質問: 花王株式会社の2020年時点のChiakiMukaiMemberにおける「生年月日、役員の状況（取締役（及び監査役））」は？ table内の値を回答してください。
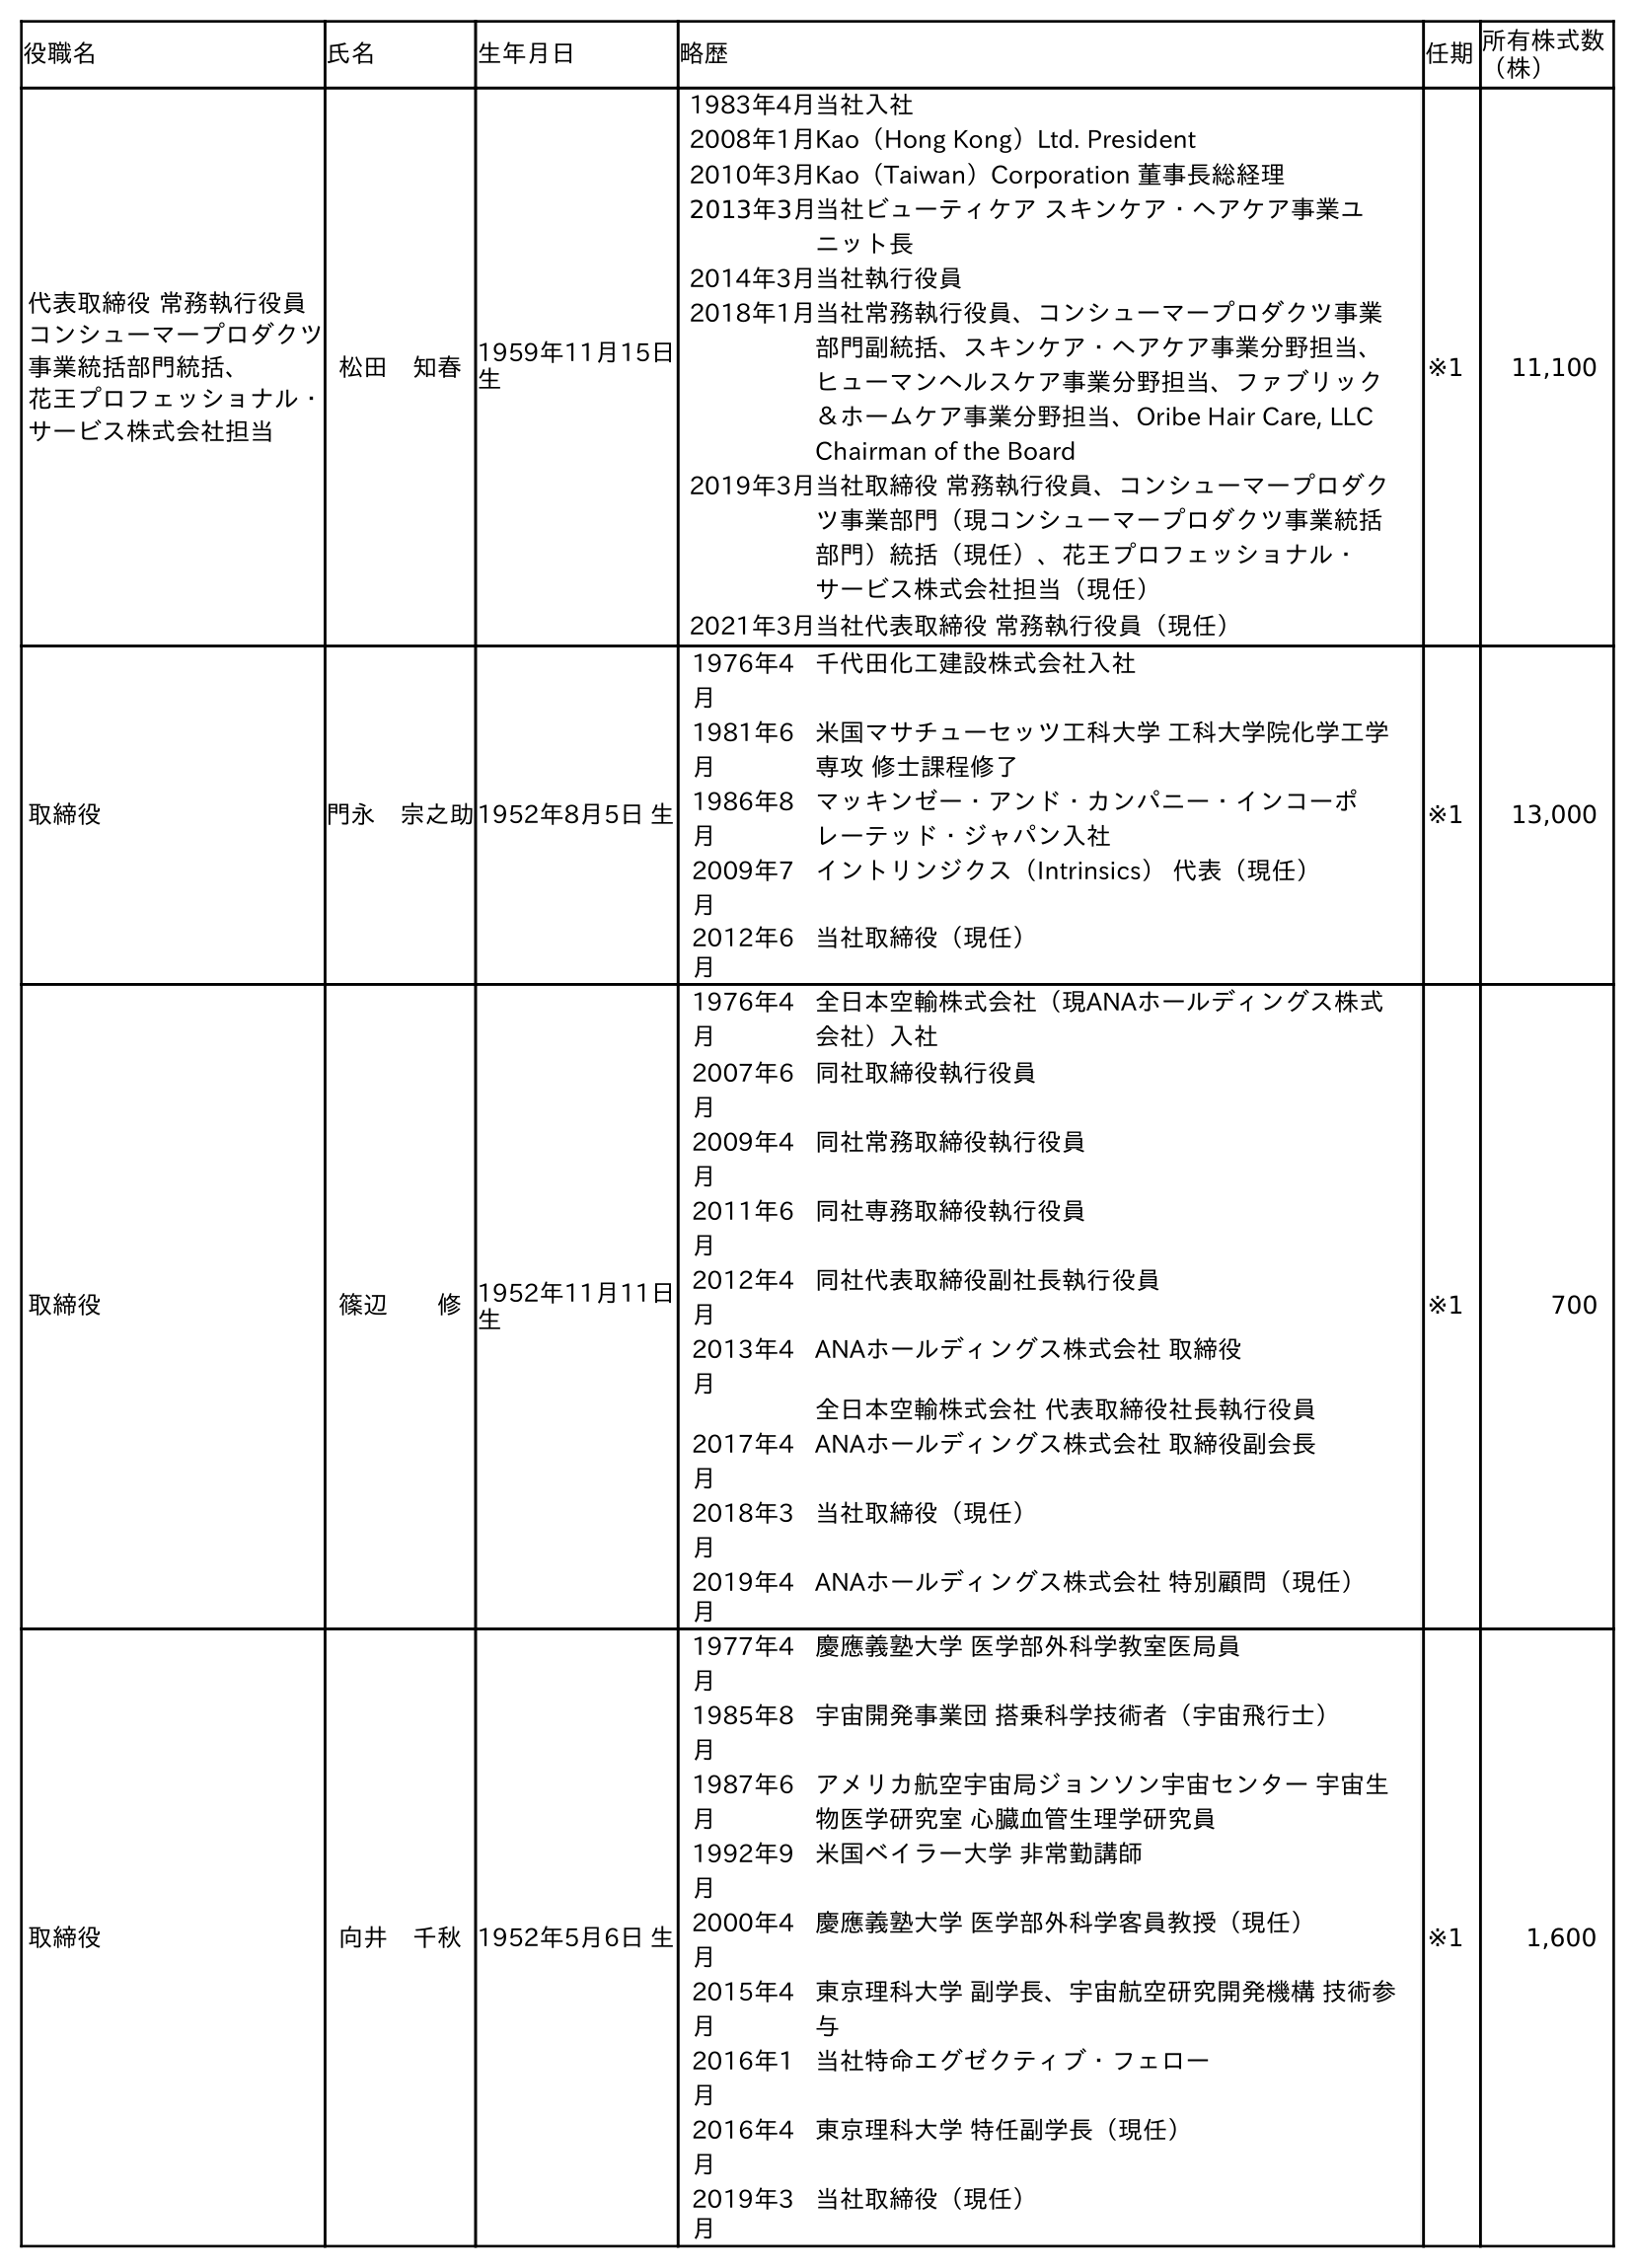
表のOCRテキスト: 役職名 氏名 生年月日 略歴 任期所有株式数 （株） 代表取締役 常務執行役員 コンシューマープロダクツ 事業統括部門統括、 花王プロフェッショナル・ サービス株式会社担当 松田 知春1959年11月15日 生 1983年4月当社入社 2008年1月Kao（Hong Kong）Ltd. President 2010年3月Kao（Taiwan）Corporation 董事長総経理 2013年3月当社ビューティケア スキンケア・ヘアケア事業ユ ニット長 2014年3月当社執行役員 2018年1月当社常務執行役員、コンシューマープロダクツ事業 部門副統括、スキンケア・ヘアケア事業分野担当、 ヒューマンヘルスケア事業分野担当、ファブリック ＆ホームケア事業分野担当、Oribe Hair Care, LLC Chairman of the Board 2019年3月当社取締役 常務執行役員、コンシューマープロダク ツ事業部門（現コンシューマープロダクツ事業統括 部門）統括（現任）、花王プロフェッショナル・ サービス株式会社担当（現任） 2021年3月当社代表取締役 常務執行役員（現任） ※1 11,100 取締役 門永 宗之助1952年8月5日 生 1976年4 月 千代田化工建設株式会社入社 1981年6 月 米国マサチューセッツ工科大学 工科大学院化学工学 専攻 修士課程修了 1986年8 月 マッキンゼー・アンド・カンパニー・インコーポ レーテッド・ジャパン入社 2009年7 月 イントリンジクス（Intrinsics） 代表（現任） 2012年6 月 当社取締役（現任） ※1 13,000 取締役 篠辺  修1952年11月11日 生 1976年4 月 全日本空輸株式会社（現ANAホールディングス株式 会社）入社 2007年6 月 同社取締役執行役員 2009年4 月 同社常務取締役執行役員 2011年6 月 同社専務取締役執行役員 2012年4 月 同社代表取締役副社長執行役員 2013年4 月 ANAホールディングス株式会社 取締役 全日本空輸株式会社 代表取締役社長執行役員 2017年4 月 ANAホールディングス株式会社 取締役副会長 2018年3 月 当社取締役（現任） 2019年4 月 ANAホールディングス株式会社 特別顧問（現任） ※1 700 取締役 向井 千秋1952年5月6日 生 1977年4 月 慶應義塾大学 医学部外科学教室医局員 1985年8 月 宇宙開発事業団 搭乗科学技術者（宇宙飛行士） 1987年6 月 アメリカ航空宇宙局ジョンソン宇宙センター 宇宙生 物医学研究室 心臓血管生理学研究員 1992年9 月 米国ベイラー大学 非常勤講師 2000年4 月 慶應義塾大学 医学部外科学客員教授（現任） 2015年4 月 東京理科大学 副学長、宇宙航空研究開発機構 技術参 与 2016年1 月 当社特命エグゼクティブ・フェロー 2016年4 月 東京理科大学 特任副学長（現任） 2019年3 月 当社取締役（現任） ※1 1,600
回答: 1952年5月6日生